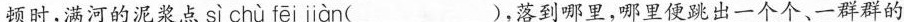
\underline{顿时，满河的泥浆点 sì chù fēi jiàn ( )，落到哪里，哪里便跳出一个个、一群群的}